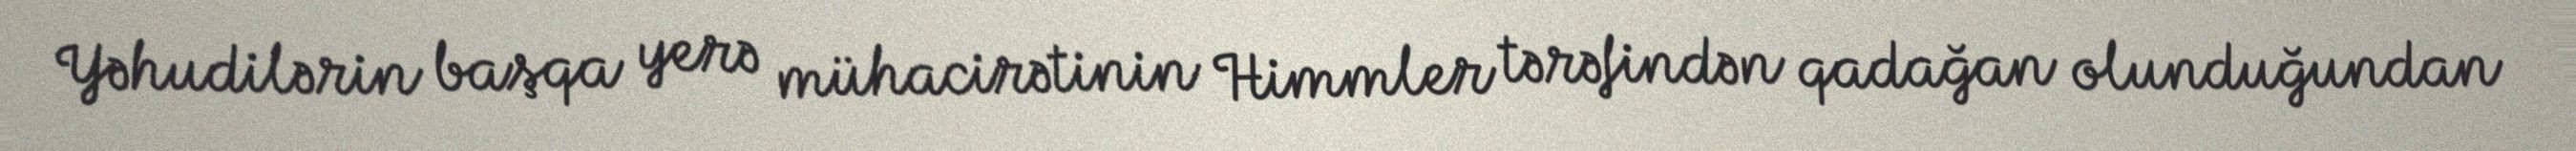
Yəhudilərin başqa yerə mühacirətinin Himmler tərəfindən qadağan olunduğundan